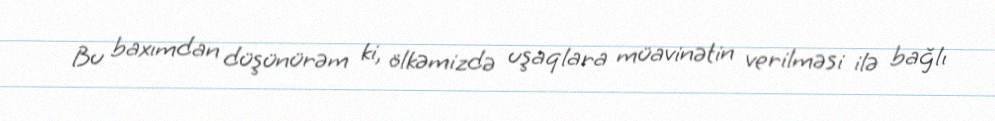
Bu baxımdan düşünürəm ki, ölkəmizdə uşaqlara müavinətin verilməsi ilə bağlı